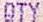
QTY